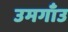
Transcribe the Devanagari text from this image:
उमगाँउ